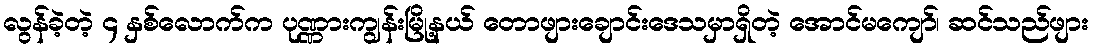
လွန်ခဲ့တဲ့ ၄ နှစ်လောက်က ပုဏ္ဏားကျွန်းမြို့နယ် တောဖျားချောင်းဒေသမှာရှိတဲ့ အောင်မကျော်၊ ဆင်သည်ဖျား